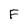
Character: F